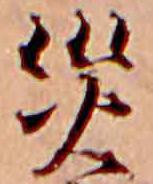
災